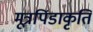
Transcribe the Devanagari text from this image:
मूत्रपिंडाकृति